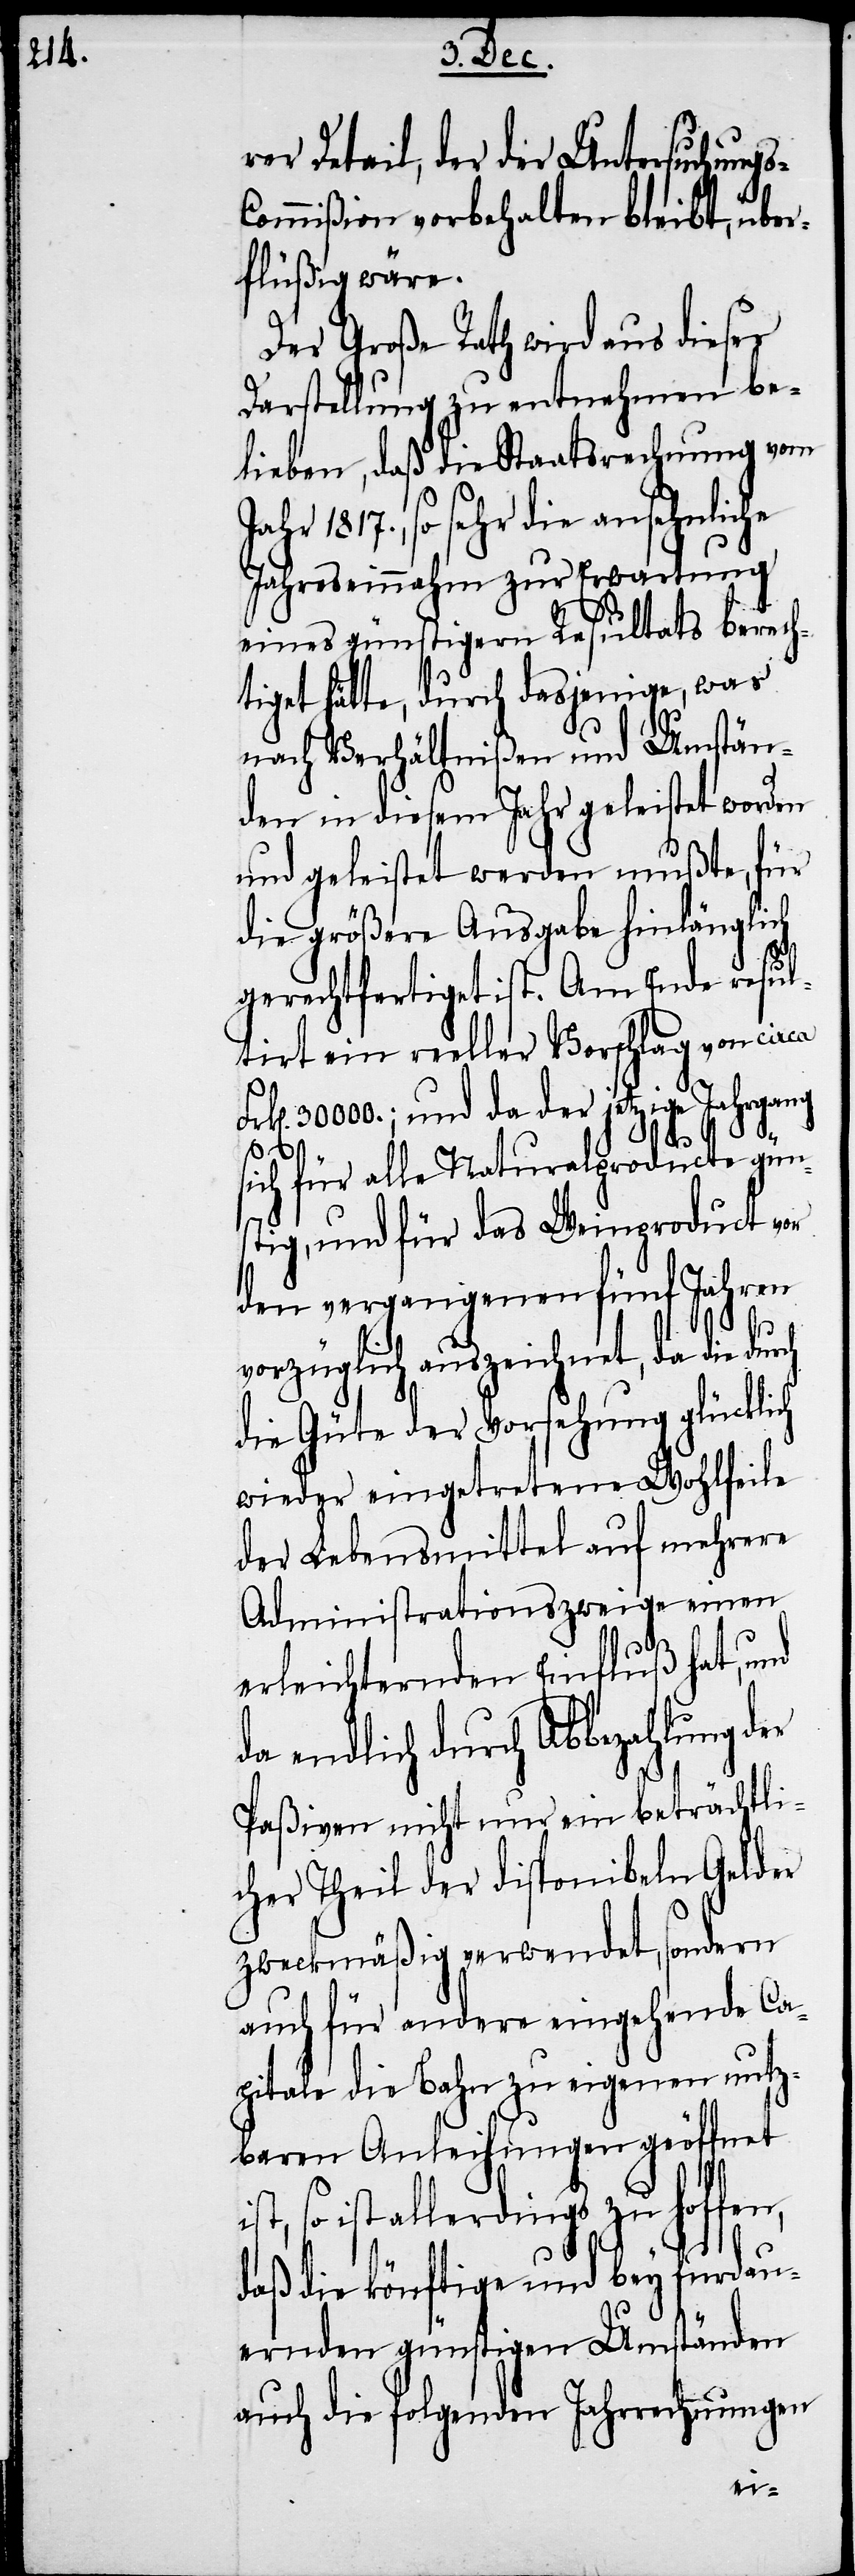
rer Detail, der der Untersuchung¬
ommißion vorbehalten bleibt, über¬
flüßig wäre.
Der Große Rath wird aus dieser
Darstellung zu entnehmen be¬
lieben, daß die Staatsrechnung vom
so sehr die ansehnliche
Jahreseinnahm zur Erwartung
eines günstigern Resultats berech¬
tiget hätte, durch dasjenige, was
nach Verhältnißen und Umstän¬
den in diesem Jahr geleistet worden
und geleistet werden mußte, für
die größere Ausgabe hinlänglich
gerechtfertiget ist. Am Ende result¬
irt ein reeller Vorschlag von circa
30000.; und da der jetzige Jahrgang
ch
sich für alle Naturalproducte güns¬
tig, und für das Weinproduct vor
den vergangenen fünf Jahren
vorzüglich auszeichnet, da die dur¬
die Güte der Vorsehung glücklich
wieder eingetretene Wohlfeile
der Lebensmittel auf mehrere
Administrationszweige einen
erleichternden Einfluß hat, und
da endlich durch Abbezahlung der
Paßiven nicht nur ein beträchtli¬
cher Theil der disponibeln Gelder
zweckmäßig verwendet, sondern
auch für andere eingehende Ca¬
pitale die Bahn zu eigenen nutz¬
baren Anleihungen geöffnet
so ist allerdings zu hoffen,
daß die könftige und bey furdau¬
ernden günstigen Umständen
auch die folgenden Jahrrechnungen
s-C¬